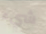
شيء